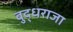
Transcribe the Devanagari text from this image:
बुद्धराजा